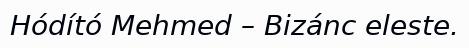
Hódító Mehmed – Bizánc eleste.